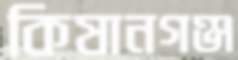
কিষানগঞ্জ